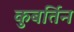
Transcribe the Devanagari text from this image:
कुबर्तिन